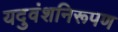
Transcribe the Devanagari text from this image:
यदुवंशनिरूपण